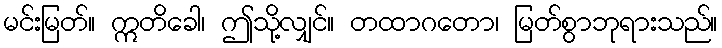
မင်းမြတ်။ ဣတိခေါ၊ ဤသို့လျှင်။ တထာဂတော၊ မြတ်စွာဘုရားသည်။